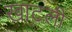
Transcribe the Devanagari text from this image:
खाटली